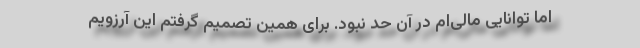
اما توانایی مالی‌ام در آن حد نبود. برای همین تصمیم گرفتم این آرزویم